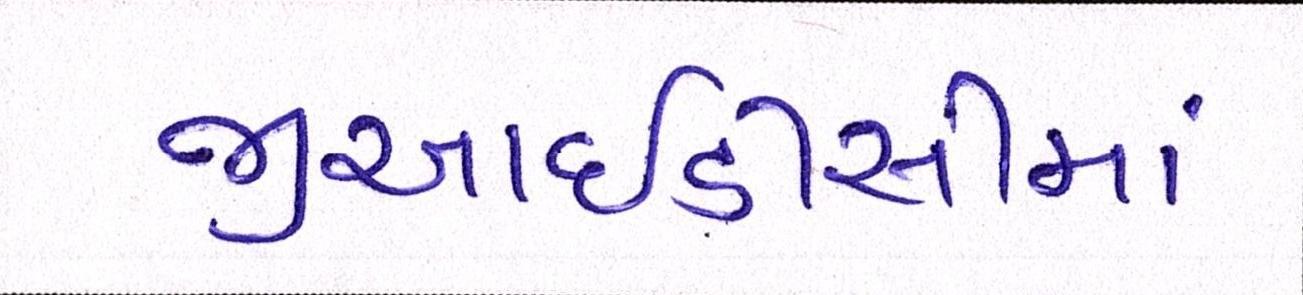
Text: જીઆઇડીસીમાં